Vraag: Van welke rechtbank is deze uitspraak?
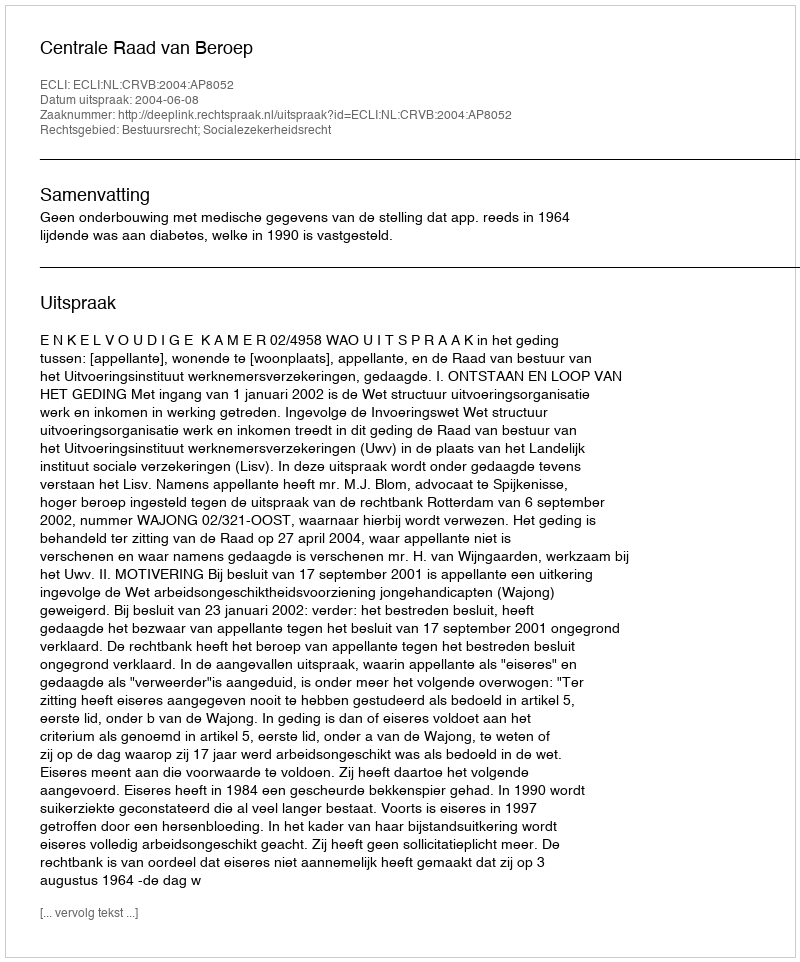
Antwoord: Centrale Raad van Beroep